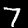
Label: 7